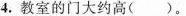
4.教室的门大约高( )。